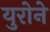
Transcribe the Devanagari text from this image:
युरोने